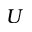
U